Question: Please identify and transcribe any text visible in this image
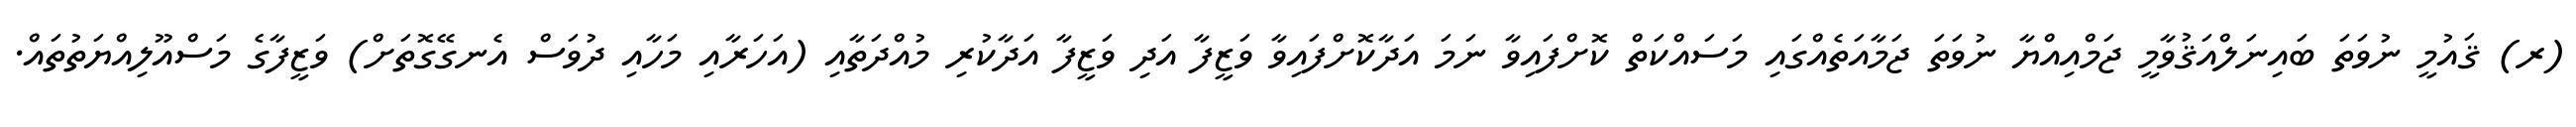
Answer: (ރ) ޤައުމީ ނުވަތަ ބައިނަލްއަޤުވާމީ ޖަމްއިއްޔާ ނުވަތަ ޖަމާއަތެއްގައި މަސައްކަތް ކޮށްފައިވާ ނަމަ އަދާކޮށްފައިވާ ވަޒީފާ އަދި ވަޒީފާ އަދާކުރި މުއްދަތާއި (އަހަރާއި މަހާއި ދުވަސް އެނގޭގޮތަށް) ވަޒީފާގެ މަސްއޫލިއްޔަތުތައް.